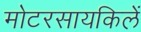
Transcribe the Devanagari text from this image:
मोटरसायकिलें